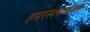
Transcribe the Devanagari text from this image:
हमरस्त्यावरुन